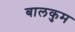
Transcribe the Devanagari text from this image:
बालकुम